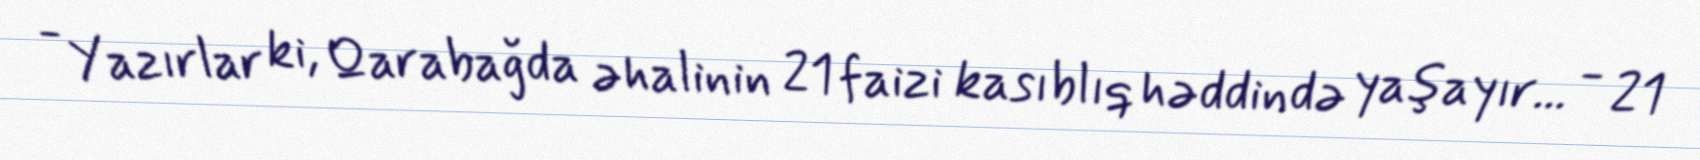
- Yazırlar ki, Qarabağda əhalinin 21 faizi kasıblıq həddində yaşayır... - 21